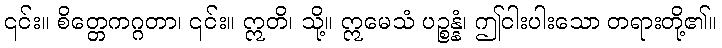
၎င်း။ စိတ္တေကဂ္ဂတာ၊ ၎င်း။ ဣတိ၊ သို့။ ဣမေသံ ပဉ္စန္နံ၊ ဤငါးပါးသော တရားတို့၏။